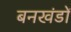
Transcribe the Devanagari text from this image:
बनखंडों